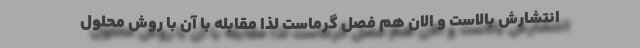
انتشارش بالاست و الان هم فصل گرماست لذا مقابله با آن با روش‌ محلول